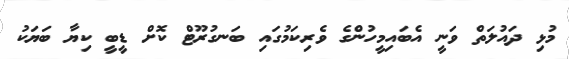
މުޅި ދައުލަތް ވަނީ އެބައިމީހުންގެ ވެރިކަމުގައި ބަނގުރޫޓް ކޮށް ޑީބީ ކިޔާ ބަޔަކު